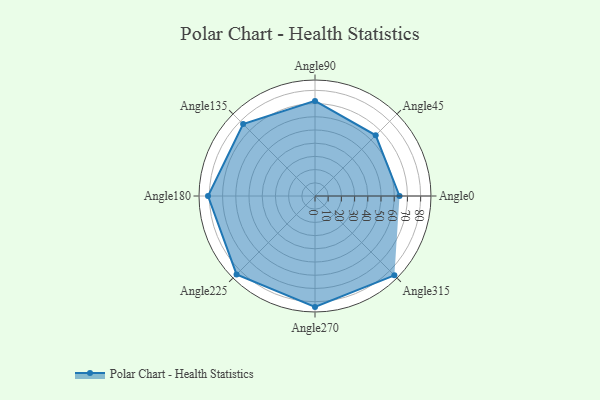
{"axis": {"x": "Angle", "y": "Radius"}, "legend": [""], "data": [{"x": "Angle0", "y": 64.0, "type": ""}, {"x": "Angle45", "y": 65.0, "type": ""}, {"x": "Angle90", "y": 72.0, "type": ""}, {"x": "Angle135", "y": 77.0, "type": ""}, {"x": "Angle180", "y": 81.0, "type": ""}, {"x": "Angle225", "y": 84.0, "type": ""}, {"x": "Angle270", "y": 84.0, "type": ""}, {"x": "Angle315", "y": 85.0, "type": ""}]}